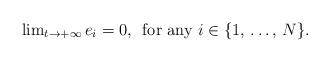
LaTeX: \begin{align*}\lim\nolimits_{t\to+\infty} e_i=0, \,\mbox{ for any } i\in \{1,\,\dots,\,N\}.\end{align*}